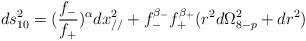
LaTeX: \begin{align*}ds^2_{10}=(\frac{f_-}{f_+})^{\alpha}dx_{//}^2 + f_-^{\beta_-}f_+^{\beta_+}(r^2d\Omega^2_{8-p}+dr^2)\end{align*}